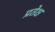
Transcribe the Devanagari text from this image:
प्रतेक्ष